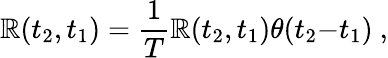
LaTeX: \mathbb{R}(t_{2},t_{1})=\frac{{1}}{{T}}\mathcal{{\mathbb{R}}}(t_{2},t_{1})\theta(t_{2}{-}t_{1})~,